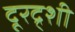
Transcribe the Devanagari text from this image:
दूरद्र्शी